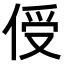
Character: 𪝈